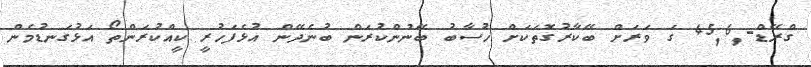
ގްރޭޑް-